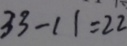
3 3 - 1 1 = 2 2